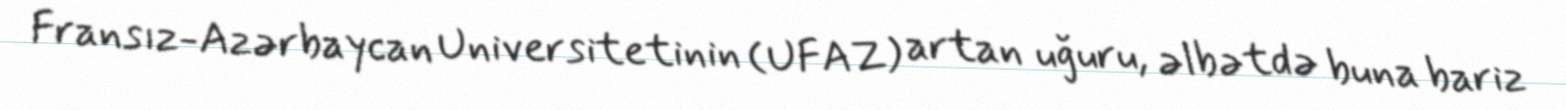
Fransız-Azərbaycan Universitetinin (UFAZ) artan uğuru, əlbətdə buna bariz